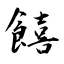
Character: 饎